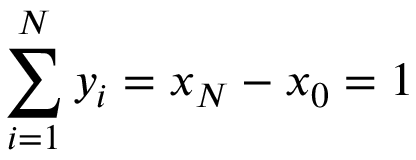
\sum _ { i = 1 } ^ { N } y _ { i } = x _ { N } - x _ { 0 } = 1